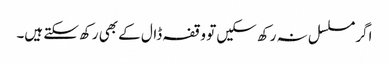
اگر مسلسل نہ رکھ سکیں تو وقفہ ڈال کے بھی رکھ سکتے ہیں۔